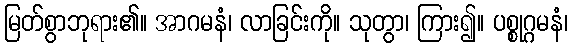
မြတ်စွာဘုရား၏။ အာဂမနံ၊ လာခြင်းကို။ သုတွာ၊ ကြား၍။ ပစ္စုဂ္ဂမနံ၊